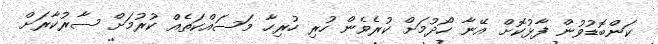
ކަންބޮޑުވުން ފާޅުކޮށް އޭނާ ހޯދުމަށް ކުރެވެން ހުރި ހުރިހާ މަސައްކަތެއް ކުރުމަށް ސާރުކާރަށް